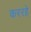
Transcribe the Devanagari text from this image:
कररहे